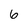
Character: 6